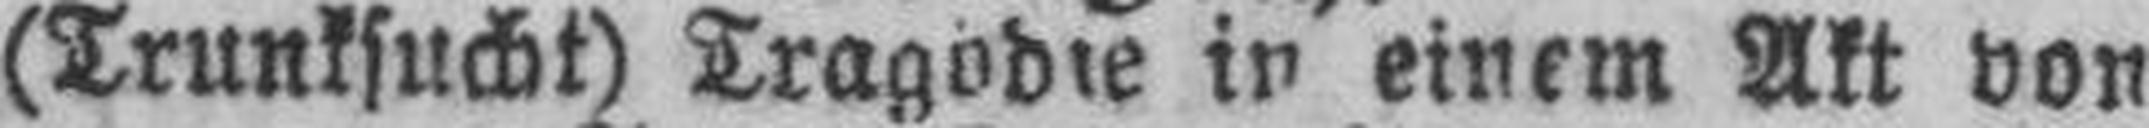
(Trunksucht) Tragödie in einem Akt von